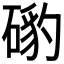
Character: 𥔰